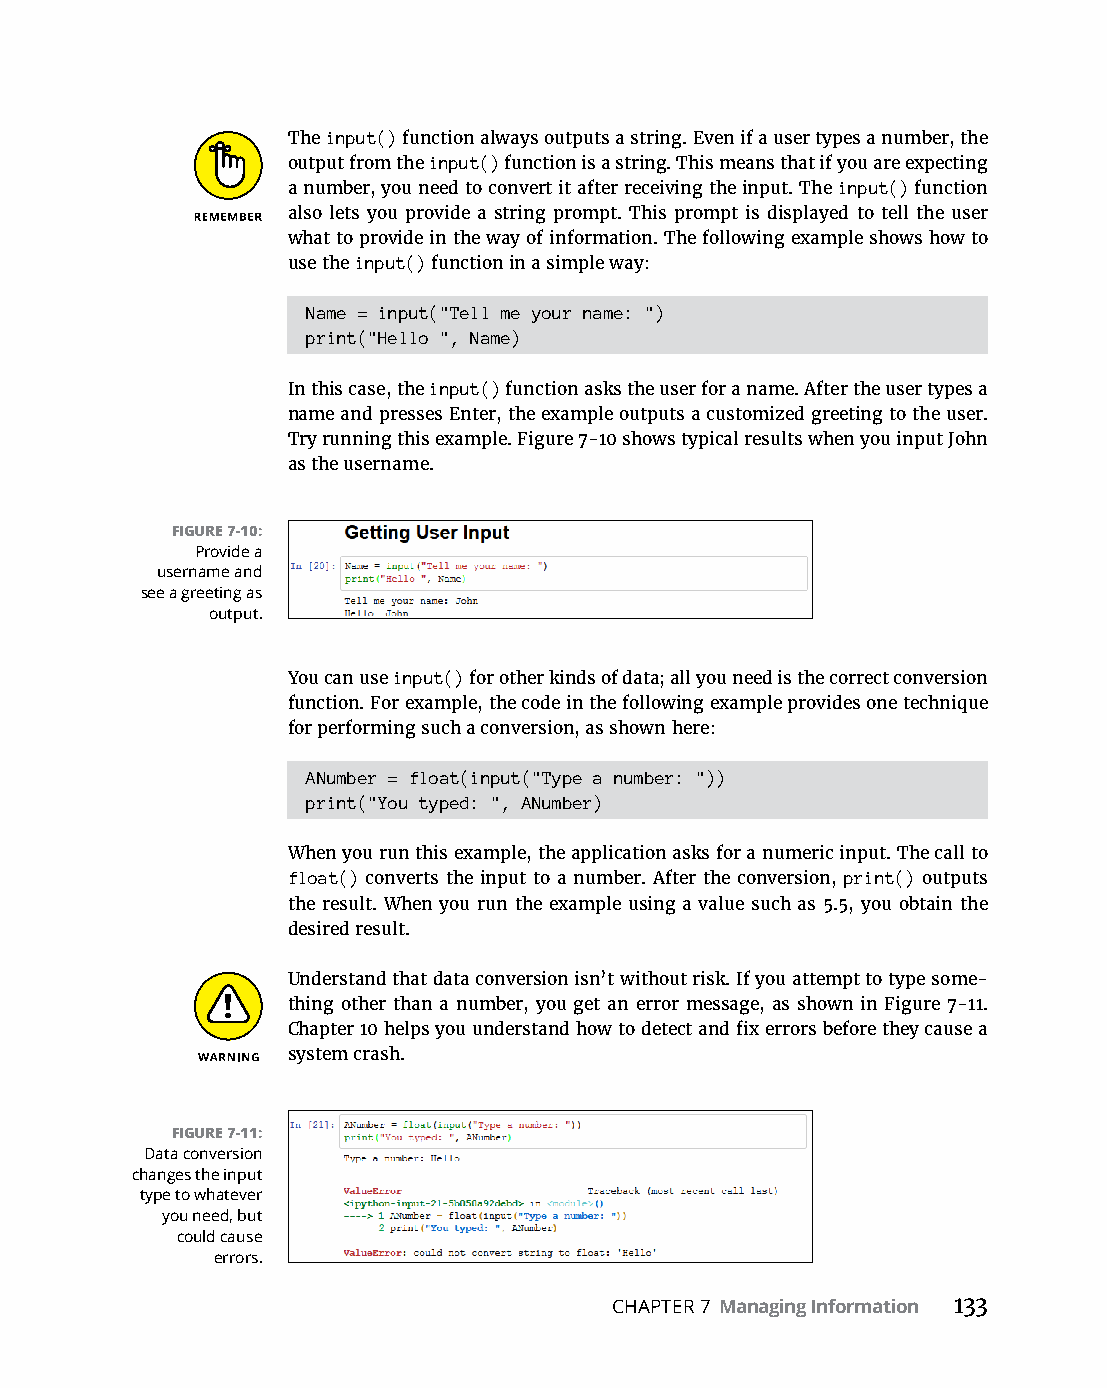
The input() function always outputs a string. Even if a user types a number, the
 output from the input() function is a string. This means that if you are expecting
 a number, you need to convert it after receiving the input. The input() function
 also lets you provide a string prompt. This prompt is displayed to tell the user
 what to provide in the way of information. The following example shows how to
 use the input() function in a simple way:
 Name = input("Tell me your name: ")
 print("Hello ", Name)
 In this case, the input() function asks the user for a name. After the user types a
 name and presses Enter, the example outputs a customized greeting to the user.
 Try running this example. Figure 7-10 shows typical results when you input John
 as the username.
 FIGURE 7-10:
 Provide a
 username and
 see a greeting as
 output.
 You can use input() for other kinds of data; all you need is the correct conversion
 function. For example, the code in the following example provides one technique
 for performing such a conversion, as shown here:
 ANumber = float(input("Type a number: "))
 print("You typed: ", ANumber)
 When you run this example, the application asks for a numeric input. The call to
 float() converts the input to a number. After the conversion, print() outputs
 the result. When you run the example using a value such as 5.5, you obtain the
 desired result.
 Understand that data conversion isn’t without risk. If you attempt to type some-
 thing other than a number, you get an error message, as shown in Figure 7-11.
 Chapter 10 helps you understand how to detect and fix errors before they cause a
 system crash.
 FIGURE 7-11:
 Data conversion
 changes the input
 type to whatever
 you need, but
 could cause
 errors.
 CHAPTER 7 Managing Information 133